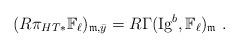
LaTeX: \begin{align*}(R\pi_{HT\ast} \mathbb F_\ell)_{\mathfrak m,\bar{y}} = R\Gamma(\mathrm{Ig}^b,\mathbb F_\ell)_{\mathfrak m}\ .\end{align*}